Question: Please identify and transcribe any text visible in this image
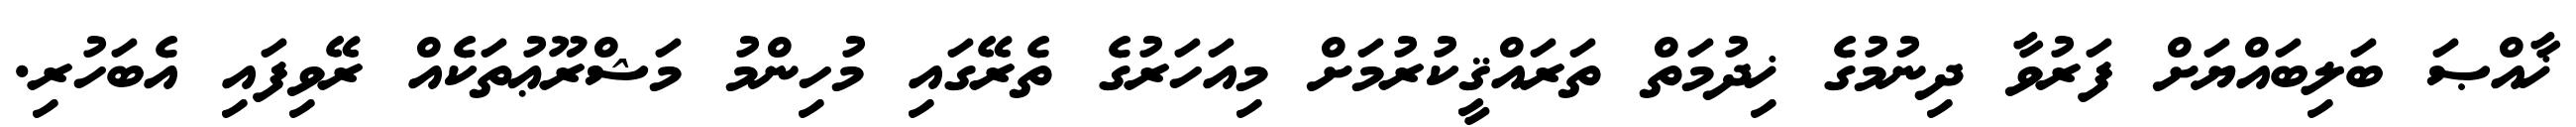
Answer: ޚާއްޞަ ބަލިބައްޔަށް ފަރުވާ ދިނުމުގެ ޚިދުމަތް ތަރައްޤީކުރުމަށް މިއަހަރުގެ ތެރޭގައި މުހިންމު މަޝްރޫޢުތަކެއް ރޭވިފައި އެބަހުރި.